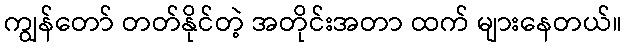
ကျွန်တော် တတ်နိုင်တဲ့ အတိုင်းအတာ ထက် များနေတယ်။